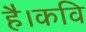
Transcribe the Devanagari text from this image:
है।कवि